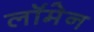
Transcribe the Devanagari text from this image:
लॉमेन